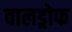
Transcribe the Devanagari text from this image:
वालड्रोफ